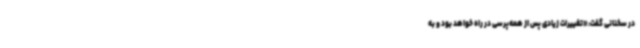
در سخنانی گفت: «تغییرات زیادی پس از همه‌پرسی در راه خواهد بود و به